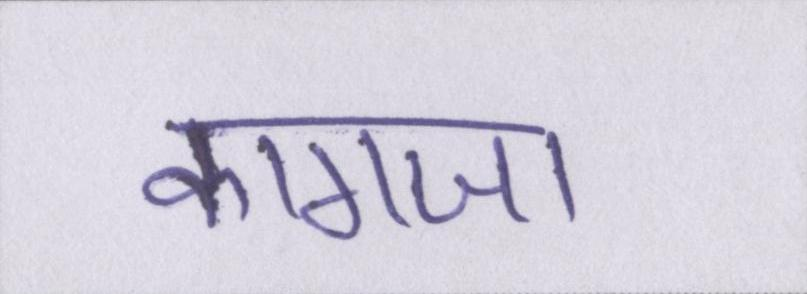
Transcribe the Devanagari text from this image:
कागजा